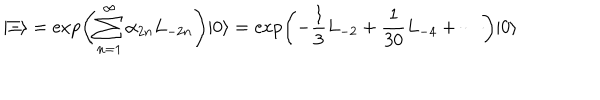
| \Xi \rangle = \exp \left( \sum _ { n = 1 } ^ { \infty } \alpha _ { 2 n } L _ { - 2 n } \right) | 0 \rangle = \exp \left( - \frac { 1 } { 3 } L _ { - 2 } + \frac { 1 } { 3 0 } L _ { - 4 } + \cdots \right) | 0 \rangle